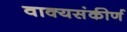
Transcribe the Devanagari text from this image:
वाक्यसंकीर्ण